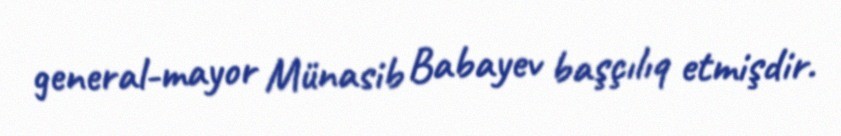
general-mayor Münasib Babayev başçılıq etmişdir.